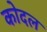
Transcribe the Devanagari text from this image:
कोदल